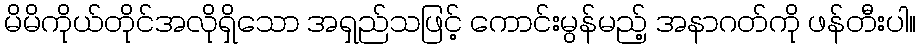
မိမိကိုယ်တိုင်အလိုရှိသော အရှည်သဖြင့် ကောင်းမွန်မည့် အနာဂတ်ကို ဖန်တီးပါ။